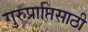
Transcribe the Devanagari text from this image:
गुरुप्राप्तिसाठी